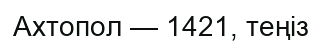
Ахтопол — 1421, теңіз